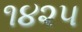
૧૪૨૫